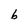
Character: 6